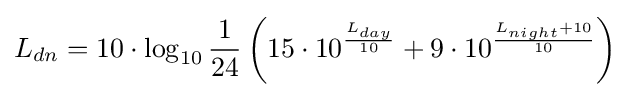
L_{dn}=10\cdot \log _{10}{\frac {1}{24}}\left(15\cdot 10^{\frac {L_{day}}{10}}+9\cdot 10^{\frac {L_{night}+10}{10}}\right)